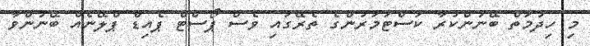
މި ހިދުމަތް ބޭނުންކުރާ ކަސްޓަމަރުންގެ ތެރޭގައި ވެސް ޕޯސްޓް ޕެއިޑް ޕްލޭނެއް ބޭނުންވާ